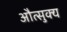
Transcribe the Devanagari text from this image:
औत्सुक्‍य